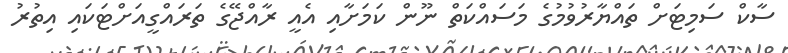
ސާކް ސަމިޓަށް ތައްޔާރުވުމުގެ މަސައްކަތް ނޫން ކަމަށާއި އެއީ ރާއްޖޭގެ ތަރައްގީއަށްޓަކައި އިތުރު